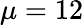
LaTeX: \mu=12